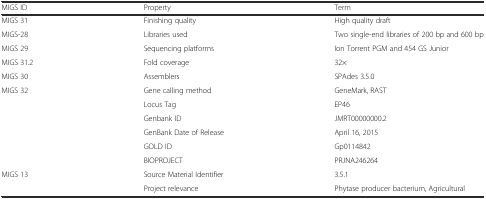
<table><thead><tr><td><b>MIGS ID</b></td><td><b>Property</b></td><td><b>Term</b></td></tr></thead><tbody><tr><td>MIGS 31</td><td>Finishing quality</td><td>High quality draft</td></tr><tr><td>MIGS-28</td><td>Libraries used</td><td>Two single-end libraries of 200 bp and 600 bp</td></tr><tr><td>MIGS 29</td><td>Sequencing platforms</td><td>Ion Torrent PGM and 454 GS Junior</td></tr><tr><td>MIGS 31.2</td><td>Fold coverage</td><td>32×</td></tr><tr><td>MIGS 30</td><td>Assemblers</td><td>SPAdes 3.5.0</td></tr><tr><td>MIGS 32</td><td>Gene calling method</td><td>GeneMark, RAST</td></tr><tr><td></td><td>Locus Tag</td><td>EP46</td></tr><tr><td></td><td>Genbank ID</td><td>JMRT00000000.2</td></tr><tr><td></td><td>GenBank Date of Release</td><td>April 16, 2015</td></tr><tr><td></td><td>GOLD ID</td><td>Gp0114842</td></tr><tr><td></td><td>BIOPROJECT</td><td>PRJNA246264</td></tr><tr><td>MIGS 13</td><td>Source Material Identifier</td><td>3.5.1</td></tr><tr><td></td><td>Project relevance</td><td>Phytase producer bacterium, Agricultural</td></tr></tbody></table>